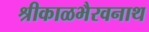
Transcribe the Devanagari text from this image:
श्रीकाळभैरवनाथ